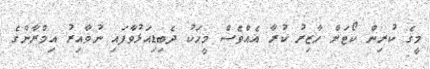
މީގެ ކުރިން ކޯޓަށް ހާޒިރު ކުރާ އެއްވެސް މީހަކު ދެބިޑިއަޅުވާފައި ނުވާއިރު އިމްރާންގެ